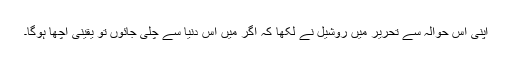
اپنی اس حوالہ سے تحریر میں روشیل نے لکھا کہ اگر میں اس دنیا سے چلی جائوں تو یقینی اچھا ہوگا۔